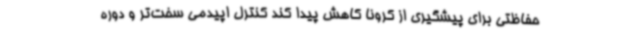
حفاظتی برای پیشگیری از کرونا کاهش پیدا کند کنترل اپیدمی سخت‌تر و دوره